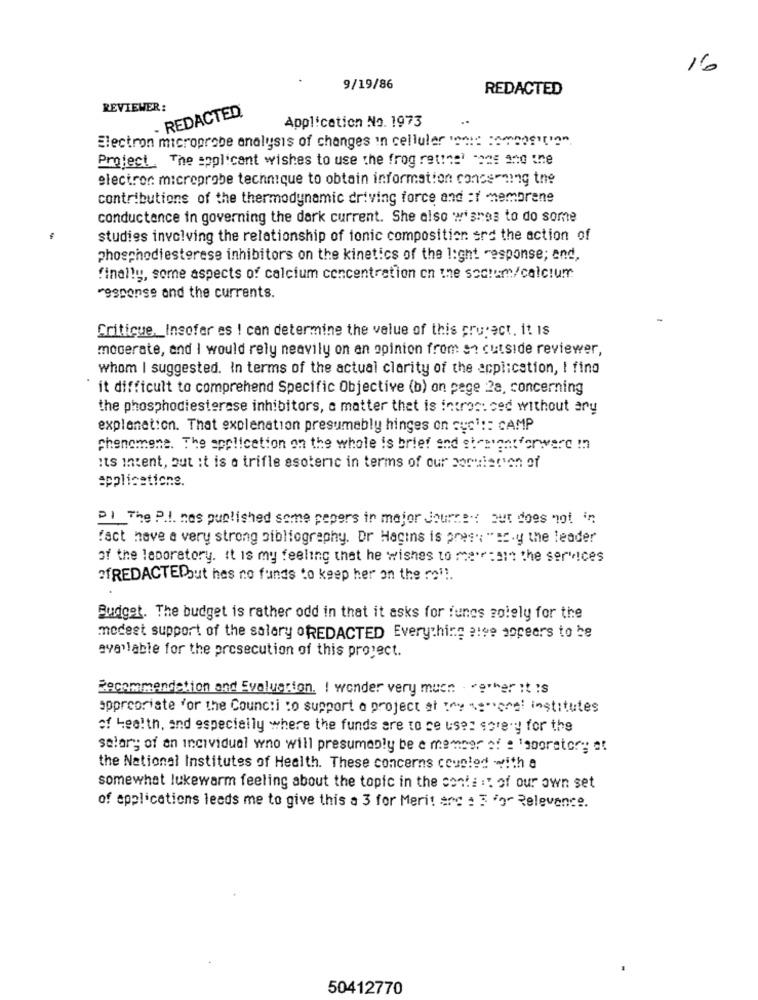
16
9/19/86
REDACTED
REVIEWER:
- REDACTED.
..
Application No. 1973
Electron microprobe analysis of changes in cellular "as "ambos''".
Project. The applicant wishes to use the frog retinal come and the
electron microprobe technique to obtain information concerning the
contributions of the thermodynamic driving force and :1 membrene
conductance in governing the dark current. She also wishes to do some
studies involving the relationship of tonic composition srd the action of
phosphodiestorese inhibitors on the kinetics of the light -esponse; end,
finally, some aspects of calcium concentration on the soctum/calcium
response and the currents.
Critique. Insofar es ! can determine the value of this propect. it Is
moderate, and I would rely neavily on an opinion from on cutside reviewer,
whom I suggested. In terms of the actual clarity of the application, I find
it difficult to comprehend Specific Objective (b) on pege 28, concerning
the phosphodiesterase inhibitors, a matter that is intron: ced without ary
explanation. That explenation presumably hinges on syc' :: CAMP
phenomene. The application on the whole is brief and straightforward mn
its innent, but it is a trifle este in terms of our is of
applications.
01 The PI has published some pepers in mejor Jourrent out does not in
fact have a very strong bibliography. Dr Hagins is pres" " sc.y the leader
of the laboratory. it is my feeling that he wishes to me":att the services
ofREDACTEDbut hes no funds to keep her on the roll.
Budget. The budget is rather odd in that it asks for funes solely for the
modest support of the salary ofREDACTED Everything also appears to be
available for the prosecution of this project.
Recommendation and Evaluation. I wonder very much . seher it is
appropriate for the Counc:i to support a project at the ** enel institutes
of Health, and especially where the funds are to se uses sorry for the
solar; of an individual who will presumably be e member of : 'aboratory st
the National Institutes of Health. These concerns coupled with a
somewhat lukewarm feeling about the topic in the content of our own set
of applications leeds me to give this a 3 for Merit ans : 3 For Relevance.
50412770